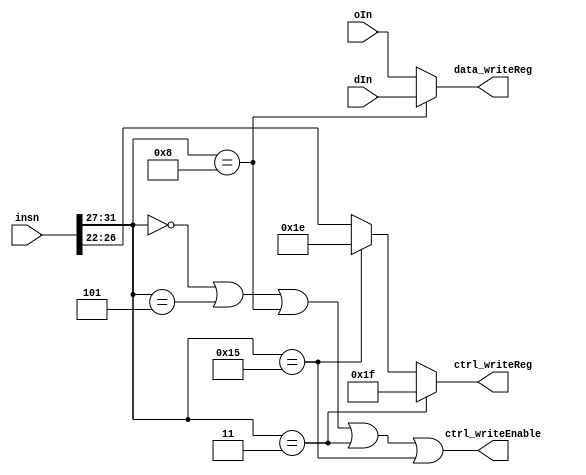
module writeStage(ctrl_writeReg, data_writeReg, ctrl_writeEnable, insn, oIn, dIn);
    input[31:0] insn, oIn, dIn;
    
    output [31:0] data_writeReg;
    output [4:0] ctrl_writeReg;
    output ctrl_writeEnable;

    wire add, addi, sub, mul, div, r, insnR, writeB,jail, newX;
    wire[4:0] op;

    assign op = insn[31:27];

    assign insnR = (op == 5'b00000);

    assign addi = (op == 5'b00101);
    assign writeB = (op == 5'b01000);
    assign jail = (op == 5'b00011);
    assign newX = (op == 5'b10101);

    assign ctrl_writeEnable = insnR || addi || writeB || jail || newX || 1'b0;
    
    wire[4:0] rd = insn[26:22];

    wire[31:0] temp;
    wire[4:0] writeRegTemp;

    assign data_writeReg = ~writeB ? oIn : dIn;
    assign writeRegTemp = newX ? 5'd30 : rd;
    assign ctrl_writeReg = jail ? 5'd31 : writeRegTemp;
endmodule